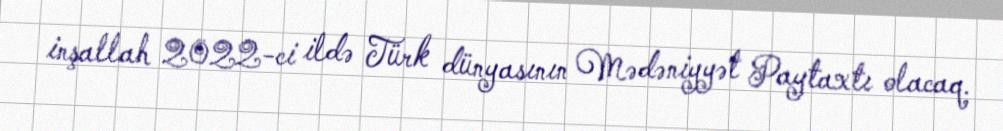
inşallah 2022-ci ildə Türk dünyasının Mədəniyyət Paytaxtı olacaq.